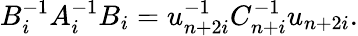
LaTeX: B_{i}^{-1}A_{i}^{-1}B_{i}=u_{n+2i}^{-1}C_{n+i}^{-1}u_{n+2i}.